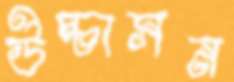
উচ্চাসন